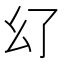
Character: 𢆳